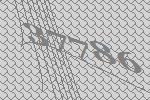
37786